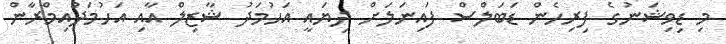
މި ޑިވިޝަނުގެ ފިރިހެން ޑަބަލްސް ފައިނަލަށް ދިޔައީ އަހުމަދު ޝާޒިލް އާއި އަހުމަދުއިމްރާން